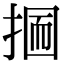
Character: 𢰋